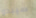
سيبدو